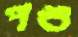
পশু